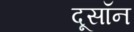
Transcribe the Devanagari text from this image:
दूसॉन